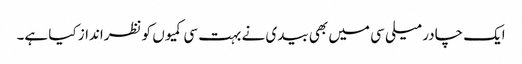
ایک چادر میلی سی میں بھی بیدی نے بہت سی کمیوں کو نظرانداز کیا ہے۔